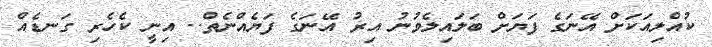
ކުއްލިއަކަށް އޭނަގެ ފަޔަށް ބަލައިލެވުނު އިރު އޭނަގެ ފަޔެއްނެތް.. އިނީ ކެހެރި ގަނޑެއް